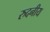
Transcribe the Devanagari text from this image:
रुदनीय